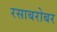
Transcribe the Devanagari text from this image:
रसाबरोबर